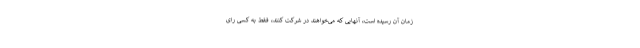
زمان آن رسیده است، آنهایی که می‌خواهند در شرکت کنند، فقط به کسی رای